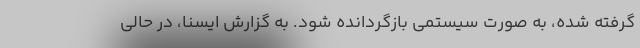
گرفته شده، به صورت سیستمی بازگردانده شود. به گزارش ایسنا، در حالی